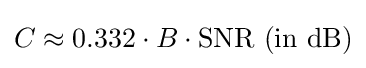
C\approx 0.332\cdot B\cdot \mathrm {SNR\ (in\ dB)}